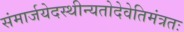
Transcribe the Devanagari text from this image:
संमार्जयेदस्थीन्यतोदेवेतिमंत्रतः